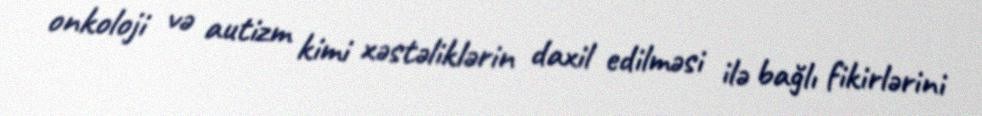
onkoloji və autizm kimi xəstəliklərin daxil edilməsi ilə bağlı fikirlərini